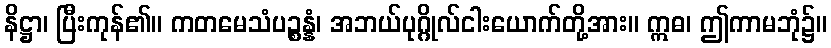
နိဋ္ဌာ၊ ပြီးကုန်၏။ ကတမေသံပဉ္စန္နံ၊ အဘယ်ပုဂ္ဂိုလ်ငါးယောက်တို့အား။ ဣဓ၊ ဤကာမဘုံ၌။